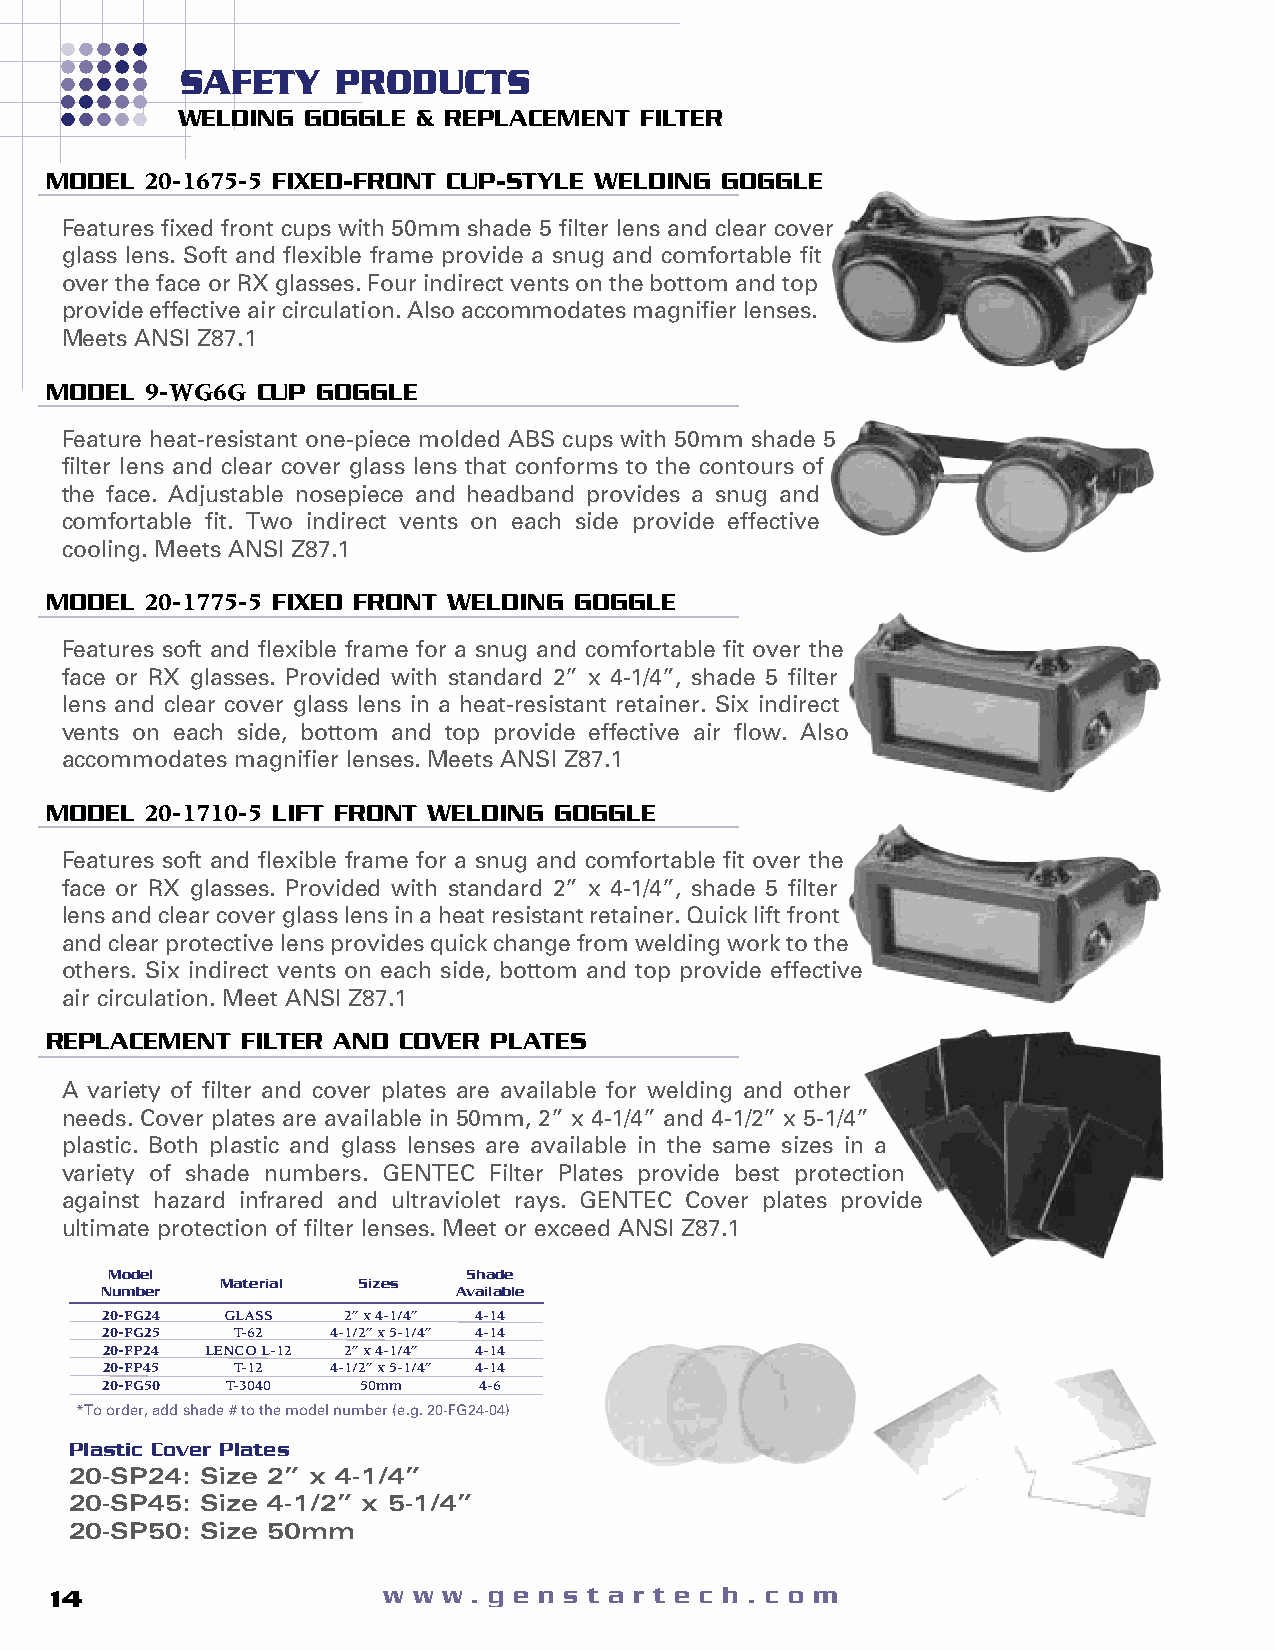
SAFETY    PRODUCTS
 WELDING GOGGLE  & REPLACEMENT FILTER
 MODEL  20-1675-5 FIXED-FRONT CUP-STYLE WELDING GOGGLE
 Features fixed front cups with 50mm shade 5 filter lens and clear cover
 glass lens. Soft and flexible frame provide a snug and comfortable fit
 over the face or RX glasses. Four indirect vents on the bottom and top
 provide effective air circulation. Also accommodates magnifier lenses.
 Meets ANSI Z87.1
 MODEL  9-WG6G CUP GOGGLE
 Feature heat-resistant one-piece molded ABS cups with 50mm shade 5
 filter lens and clear cover glass lens that conforms to the contours of
 the face. Adjustable nosepiece and headband provides a snug and
 comfortable fit. Two indirect vents on each side provide effective
 cooling. Meets ANSI Z87.1
 MODEL  20-1775-5 FIXED FRONT WELDING GOGGLE
 Features soft and flexible frame for a snug and comfortable fit over the
 face or RX glasses. Provided with standard 2” x 4-1/4”, shade 5 filter
 lens and clear cover glass lens in a heat-resistant retainer. Six indirect
 vents on each side, bottom and top provide effective air flow. Also
 accommodates magnifier lenses. Meets ANSI Z87.1
 MODEL  20-1710-5 LIFT FRONT WELDING GOGGLE
 Features soft and flexible frame for a snug and comfortable fit over the
 face or RX glasses. Provided with standard 2” x 4-1/4”, shade 5 filter
 lens and clear cover glass lens in a heat resistant retainer. Quick lift front
 and clear protective lens provides quick change from welding work to the
 others. Six indirect vents on each side, bottom and top provide effective
 air circulation. Meet ANSI Z87.1
 REPLACEMENT  FILTER AND COVER PLATES
 A variety of filter and cover plates are available for welding and other
 needs. Cover plates are available in 50mm, 2” x 4-1/4” and 4-1/2” x 5-1/4”
 plastic. Both plastic and glass lenses are available in the same sizes in a
 variety of shade numbers. GENTEC Filter Plates provide best protection
 against hazard infrared and ultraviolet rays. GENTEC Cover plates provide
 ultimate protection of filter lenses. Meet or exceed ANSI Z87.1
 Model                   Shade
 Material Sizes
 Number                 Available
 20-FG24 GLASS   2” x 4-1/4” 4-14
 20-FG25 T-62   4-1/2” x 5-1/4” 4-14
 20-FP24 LENCO L-12 2” x 4-1/4” 4-14
 20-FP45 T-12   4-1/2” x 5-1/4” 4-14
 20-FG50 T-3040   50mm    4-6
 *To order, add shade # to the model number (e.g. 20-FG24-04)
 Plastic Cover Plates
 20-SP24: Size 2” x 4-1/4”
 20-SP45: Size 4-1/2” x 5-1/4”
 20-SP50: Size 50mm
 14                    w w w . g e n s t a r t e c h . c o m